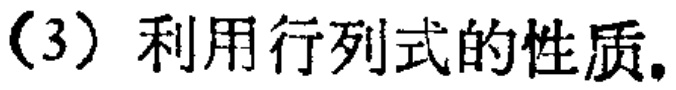
（3）利用行列式的性质。